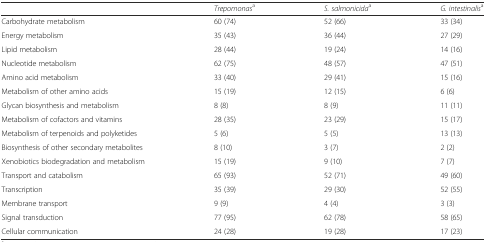
<table><thead><tr><td></td><td><b><i>Trepomonas</i><sup>a</sup></b></td><td><b><i>S. salmonicida</i><sup>a</sup></b></td><td><b><i>G. intestinalis</i><sup>a</sup></b></td></tr></thead><tbody><tr><td>Carbohydrate metabolism</td><td>60 (74)</td><td>52 (66)</td><td>33 (34)</td></tr><tr><td>Energy metabolism</td><td>35 (43)</td><td>36 (44)</td><td>27 (29)</td></tr><tr><td>Lipid metabolism</td><td>28 (44)</td><td>19 (24)</td><td>14 (16)</td></tr><tr><td>Nucleotide metabolism</td><td>62 (75)</td><td>48 (57)</td><td>47 (51)</td></tr><tr><td>Amino acid metabolism</td><td>33 (40)</td><td>29 (41)</td><td>15 (16)</td></tr><tr><td>Metabolism of other amino acids</td><td>15 (19)</td><td>12 (15)</td><td>6 (6)</td></tr><tr><td>Glycan biosynthesis and metabolism</td><td>8 (8)</td><td>8 (9)</td><td>11 (11)</td></tr><tr><td>Metabolism of cofactors and vitamins</td><td>28 (35)</td><td>23 (29)</td><td>15 (17)</td></tr><tr><td>Metabolism of terpenoids and polyketides</td><td>5 (6)</td><td>5 (5)</td><td>13 (13)</td></tr><tr><td>Biosynthesis of other secondary metabolites</td><td>8 (10)</td><td>3 (7)</td><td>2 (2)</td></tr><tr><td>Xenobiotics biodegradation and metabolism</td><td>15 (19)</td><td>9 (10)</td><td>7 (7)</td></tr><tr><td>Transport and catabolism</td><td>65 (93)</td><td>52 (71)</td><td>49 (60)</td></tr><tr><td>Transcription</td><td>35 (39)</td><td>29 (30)</td><td>52 (55)</td></tr><tr><td>Membrane transport</td><td>9 (9)</td><td>4 (4)</td><td>3 (3)</td></tr><tr><td>Signal transduction</td><td>77 (95)</td><td>62 (78)</td><td>58 (65)</td></tr><tr><td>Cellular communication</td><td>24 (28)</td><td>19 (28)</td><td>17 (23)</td></tr></tbody></table>